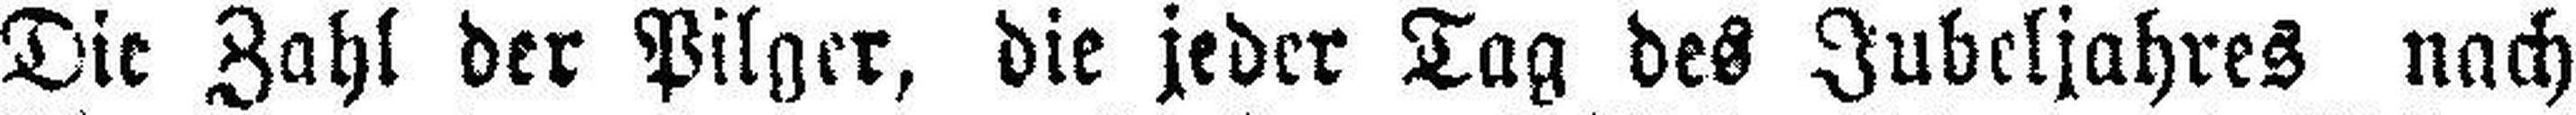
Die Zahl der Pilger, die jeder Tag des Jubeljahres nach